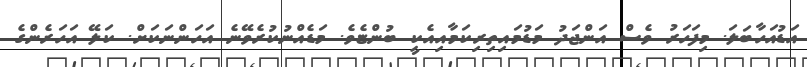
އަޑުއަހާބަލަ. މިފަހަރު ވެސް އަންޖަދު މަޑުމައިތިރިކަމާއިއެކީ ބުންޏެވެ. މަޑެއްނުކުރެވޭނެ އަހަންނަކަށް. ކަލޭ އަހަރެންގެ